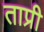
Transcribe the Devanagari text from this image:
ताप्री